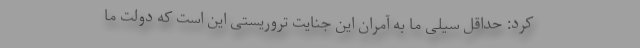
کرد: حداقل سیلی ما به آمران این جنایت تروریستی این است که دولت ما